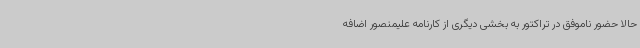
حالا حضور ناموفق در تراکتور به بخشی دیگری از کارنامه علیمنصور اضافه